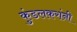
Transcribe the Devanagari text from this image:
कुंडलकरांनी